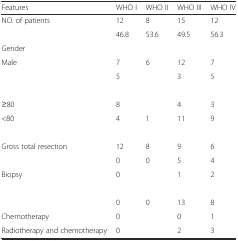
<table><thead><tr><td><b>Features</b></td><td><b>WHO I</b></td><td><b>WHO II</b></td><td><b>WHO III</b></td><td><b>WHO IV</b></td></tr></thead><tbody><tr><td>NO. of patients</td><td>12</td><td>8</td><td>15</td><td>12</td></tr><tr><td>[EMPTY_CELL]</td><td>46.8</td><td>53.6</td><td>49.5</td><td>56.3</td></tr><tr><td>Gender</td><td>[EMPTY_CELL]</td><td>[EMPTY_CELL]</td><td>[EMPTY_CELL]</td><td>[EMPTY_CELL]</td></tr><tr><td>Male</td><td>7</td><td>6</td><td>12</td><td>7</td></tr><tr><td>[EMPTY_CELL]</td><td>5</td><td>[EMPTY_CELL]</td><td>3</td><td>5</td></tr><tr><td>[EMPTY_CELL]</td><td>[EMPTY_CELL]</td><td>[EMPTY_CELL]</td><td>[EMPTY_CELL]</td><td>[EMPTY_CELL]</td></tr><tr><td>≥80</td><td>8</td><td>[EMPTY_CELL]</td><td>4</td><td>3</td></tr><tr><td>&lt;80</td><td>4</td><td>1</td><td>11</td><td>9</td></tr><tr><td>[EMPTY_CELL]</td><td>[EMPTY_CELL]</td><td>[EMPTY_CELL]</td><td>[EMPTY_CELL]</td><td>[EMPTY_CELL]</td></tr><tr><td>Gross total resection</td><td>12</td><td>8</td><td>9</td><td>6</td></tr><tr><td>[EMPTY_CELL]</td><td>0</td><td>0</td><td>5</td><td>4</td></tr><tr><td>Biopsy</td><td>0</td><td>[EMPTY_CELL]</td><td>1</td><td>2</td></tr><tr><td>[EMPTY_CELL]</td><td>[EMPTY_CELL]</td><td>[EMPTY_CELL]</td><td>[EMPTY_CELL]</td><td>[EMPTY_CELL]</td></tr><tr><td>[EMPTY_CELL]</td><td>0</td><td>0</td><td>13</td><td>8</td></tr><tr><td>Chemotherapy</td><td>0</td><td>[EMPTY_CELL]</td><td>0</td><td>1</td></tr><tr><td>Radiotherapy and chemotherapy</td><td>0</td><td>[EMPTY_CELL]</td><td>2</td><td>3</td></tr></tbody></table>